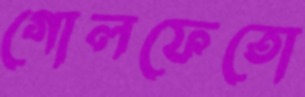
গোলফেতো